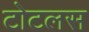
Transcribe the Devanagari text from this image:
टोटलस